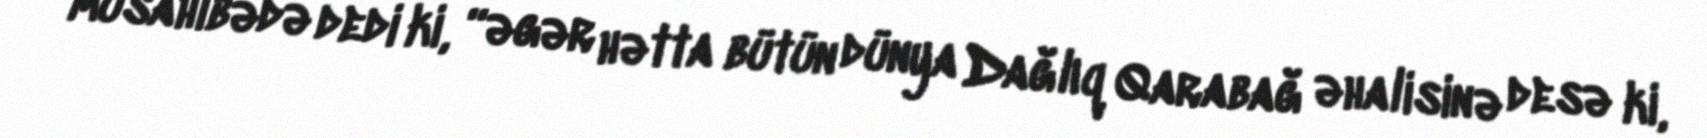
müsahibədə dedi ki, “əgər hətta bütün dünya Dağlıq Qarabağ əhalisinə desə ki,